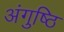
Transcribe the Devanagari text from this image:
अंगुष्ठि